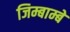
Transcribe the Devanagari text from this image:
जिम्बाम्बे